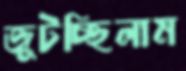
জুটচ্ছিলাম